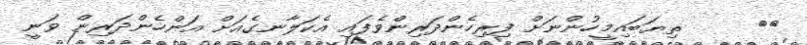
٢١     ތިޔަބައިމީހުންނަށް ފިރިހެންދަރިންވެފައި އެކަލާނގެއަށް އަންހެންދަރިން ވަނީ